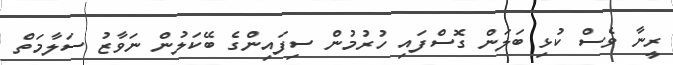
ރީނާ ވެސް ކުޅި ބަލަން ގޮސްފައި ހުރުމުން ސިފައިންގެ ބޭކަލުން ނަވާޒު ސަލާމަތް